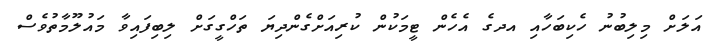
އަލަށް މިލިބުނު ހެކިބަހާއި އދގެ އެހެން ޓީމަކުން ކުރިއަށްގެންދިޔަ ތަހްގީގަށް ލިބިފައިވާ މައުލޫމާތުވެސް